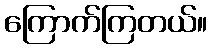
ကြောက်ကြတယ်။